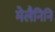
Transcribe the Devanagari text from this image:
मेलैनिनि